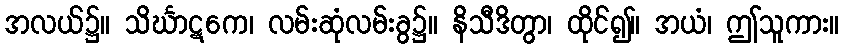
အလယ်၌။ သိင်္ဃာဋကေ၊ လမ်းဆုံလမ်းခွ၌။ နိသီဒိတွာ၊ ထိုင်၍။ အယံ၊ ဤသူကား။